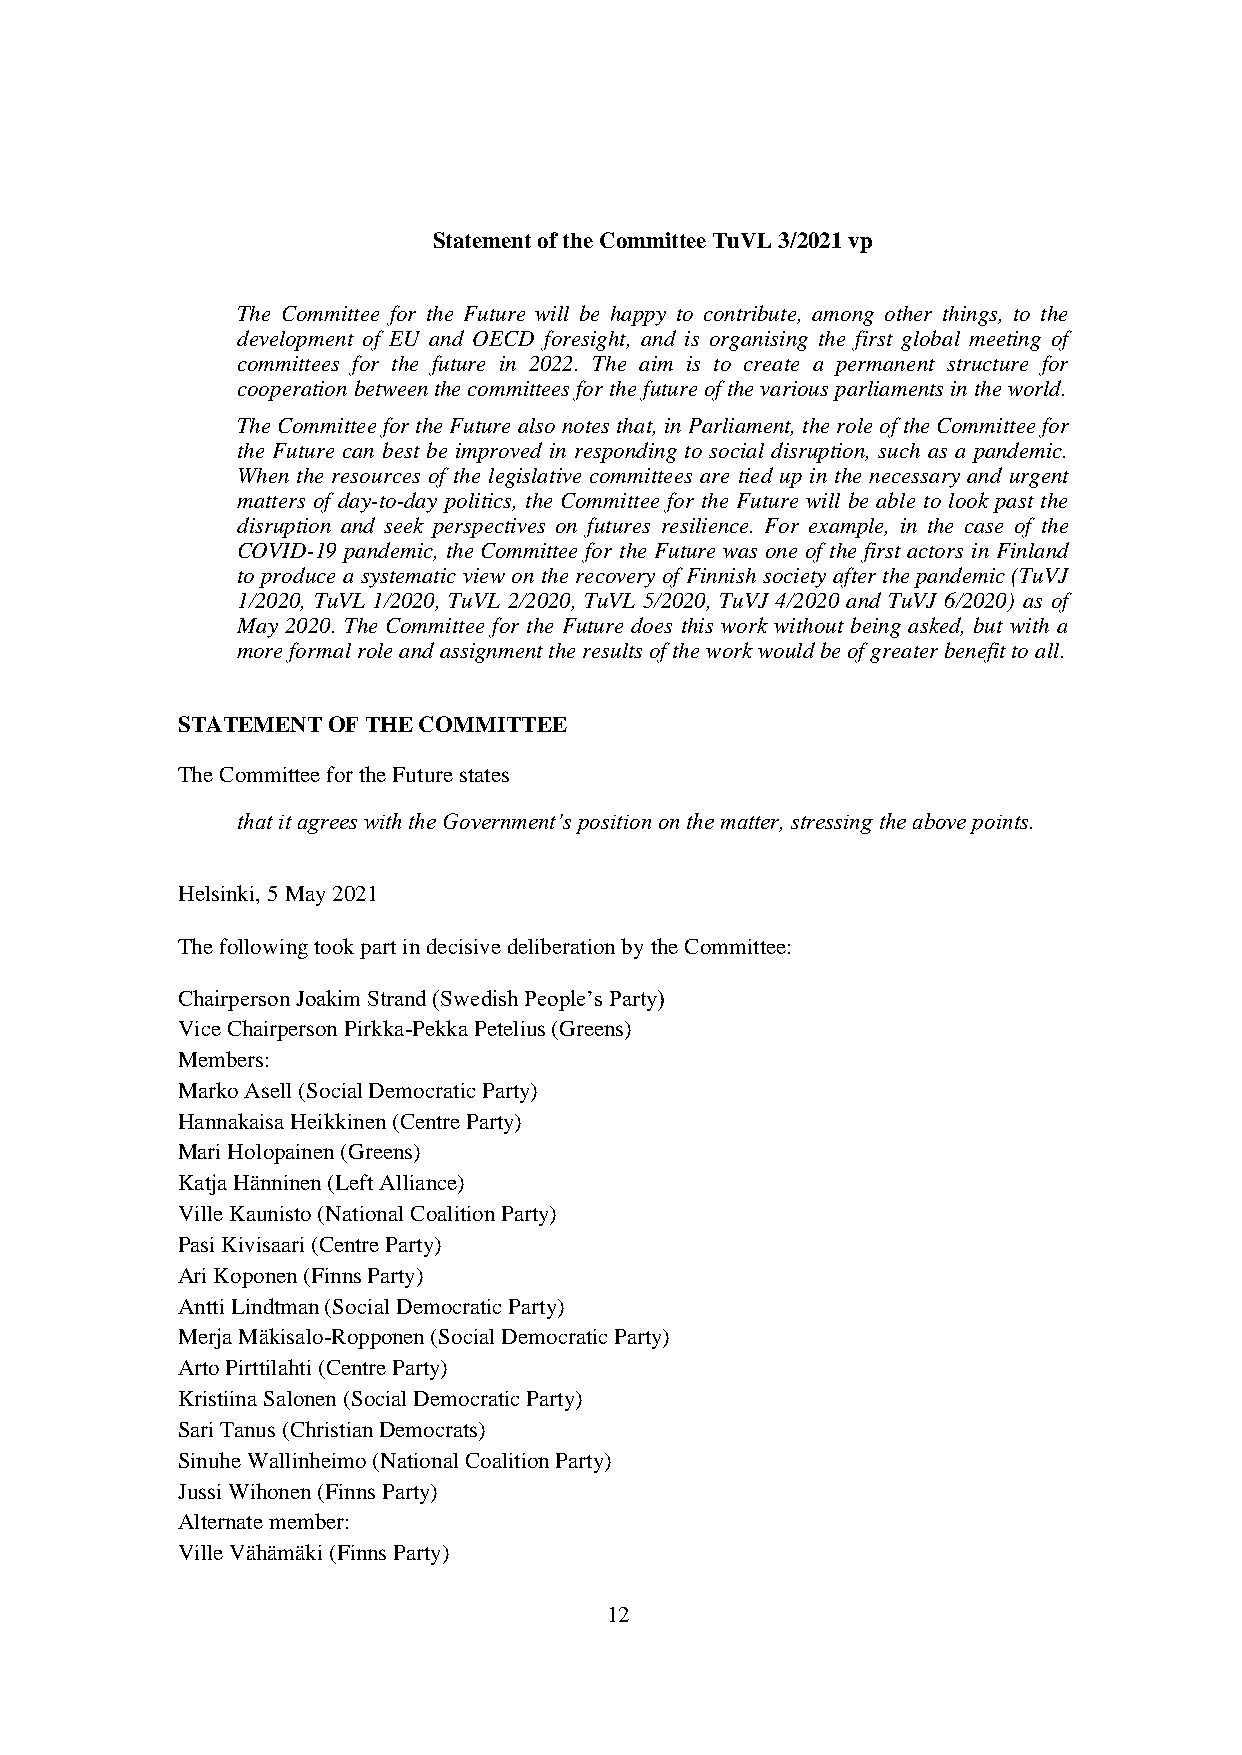
Statement of the Committee TuVL 3/2021 vp
 The Committee for the Future will be happy to contribute, among other things, to the
 development of EU and OECD foresight, and is organising the first global meeting of
 committees for the future in 2022. The aim is to create a permanent structure for
 cooperation between the committees for the future of the various parliaments in the world.
 The Committee for the Future also notes that, in Parliament, the role of the Committee for
 the Future can best be improved in responding to social disruption, such as a pandemic.
 When the resources of the legislative committees are tied up in the necessary and urgent
 matters of day-to-day politics, the Committee for the Future will be able to look past the
 disruption and seek perspectives on futures resilience. For example, in the case of the
 COVID-19 pandemic, the Committee for the Future was one of the first actors in Finland
 to produce a systematic view on the recovery of Finnish society after the pandemic (TuVJ
 1/2020, TuVL 1/2020, TuVL 2/2020, TuVL 5/2020, TuVJ 4/2020 and TuVJ 6/2020) as of
 May 2020. The Committee for the Future does this work without being asked, but with a
 more formal role and assignment the results of the work would be of greater benefit to all.
 STATEMENT OF THE COMMITTEE
 The Committee for the Future states
 that it agrees with the Government’s position on the matter, stressing the above points.
 Helsinki, 5 May 2021
 The following took part in decisive deliberation by the Committee:
 Chairperson Joakim Strand (Swedish People’s Party)
 Vice Chairperson Pirkka-Pekka Petelius (Greens)
 Members:
 Marko Asell (Social Democratic Party)
 Hannakaisa Heikkinen (Centre Party)
 Mari Holopainen (Greens)
 Katja Hänninen (Left Alliance)
 Ville Kaunisto (National Coalition Party)
 Pasi Kivisaari (Centre Party)
 Ari Koponen (Finns Party)
 Antti Lindtman (Social Democratic Party)
 Merja Mäkisalo-Ropponen (Social Democratic Party)
 Arto Pirttilahti (Centre Party)
 Kristiina Salonen (Social Democratic Party)
 Sari Tanus (Christian Democrats)
 Sinuhe Wallinheimo (National Coalition Party)
 Jussi Wihonen (Finns Party)
 Alternate member:
 Ville Vähämäki (Finns Party)
 12